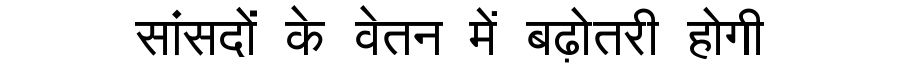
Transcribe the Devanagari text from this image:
सांसदों के वेतन में बढ़ोतरी होगी